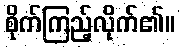
စိုက်ကြည့်လိုက်၏။